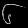
Digit: ၆